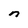
Character: n